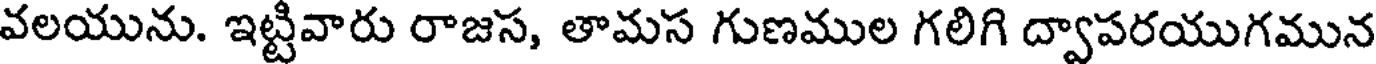
వలయును. ఇట్టివారు రాజస, తామస గుణముల గలిగి ద్వాపరయుగమున